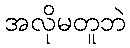
အလိုမတူဘဲ